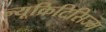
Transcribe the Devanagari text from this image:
न्यूक्रिटिसिज्म